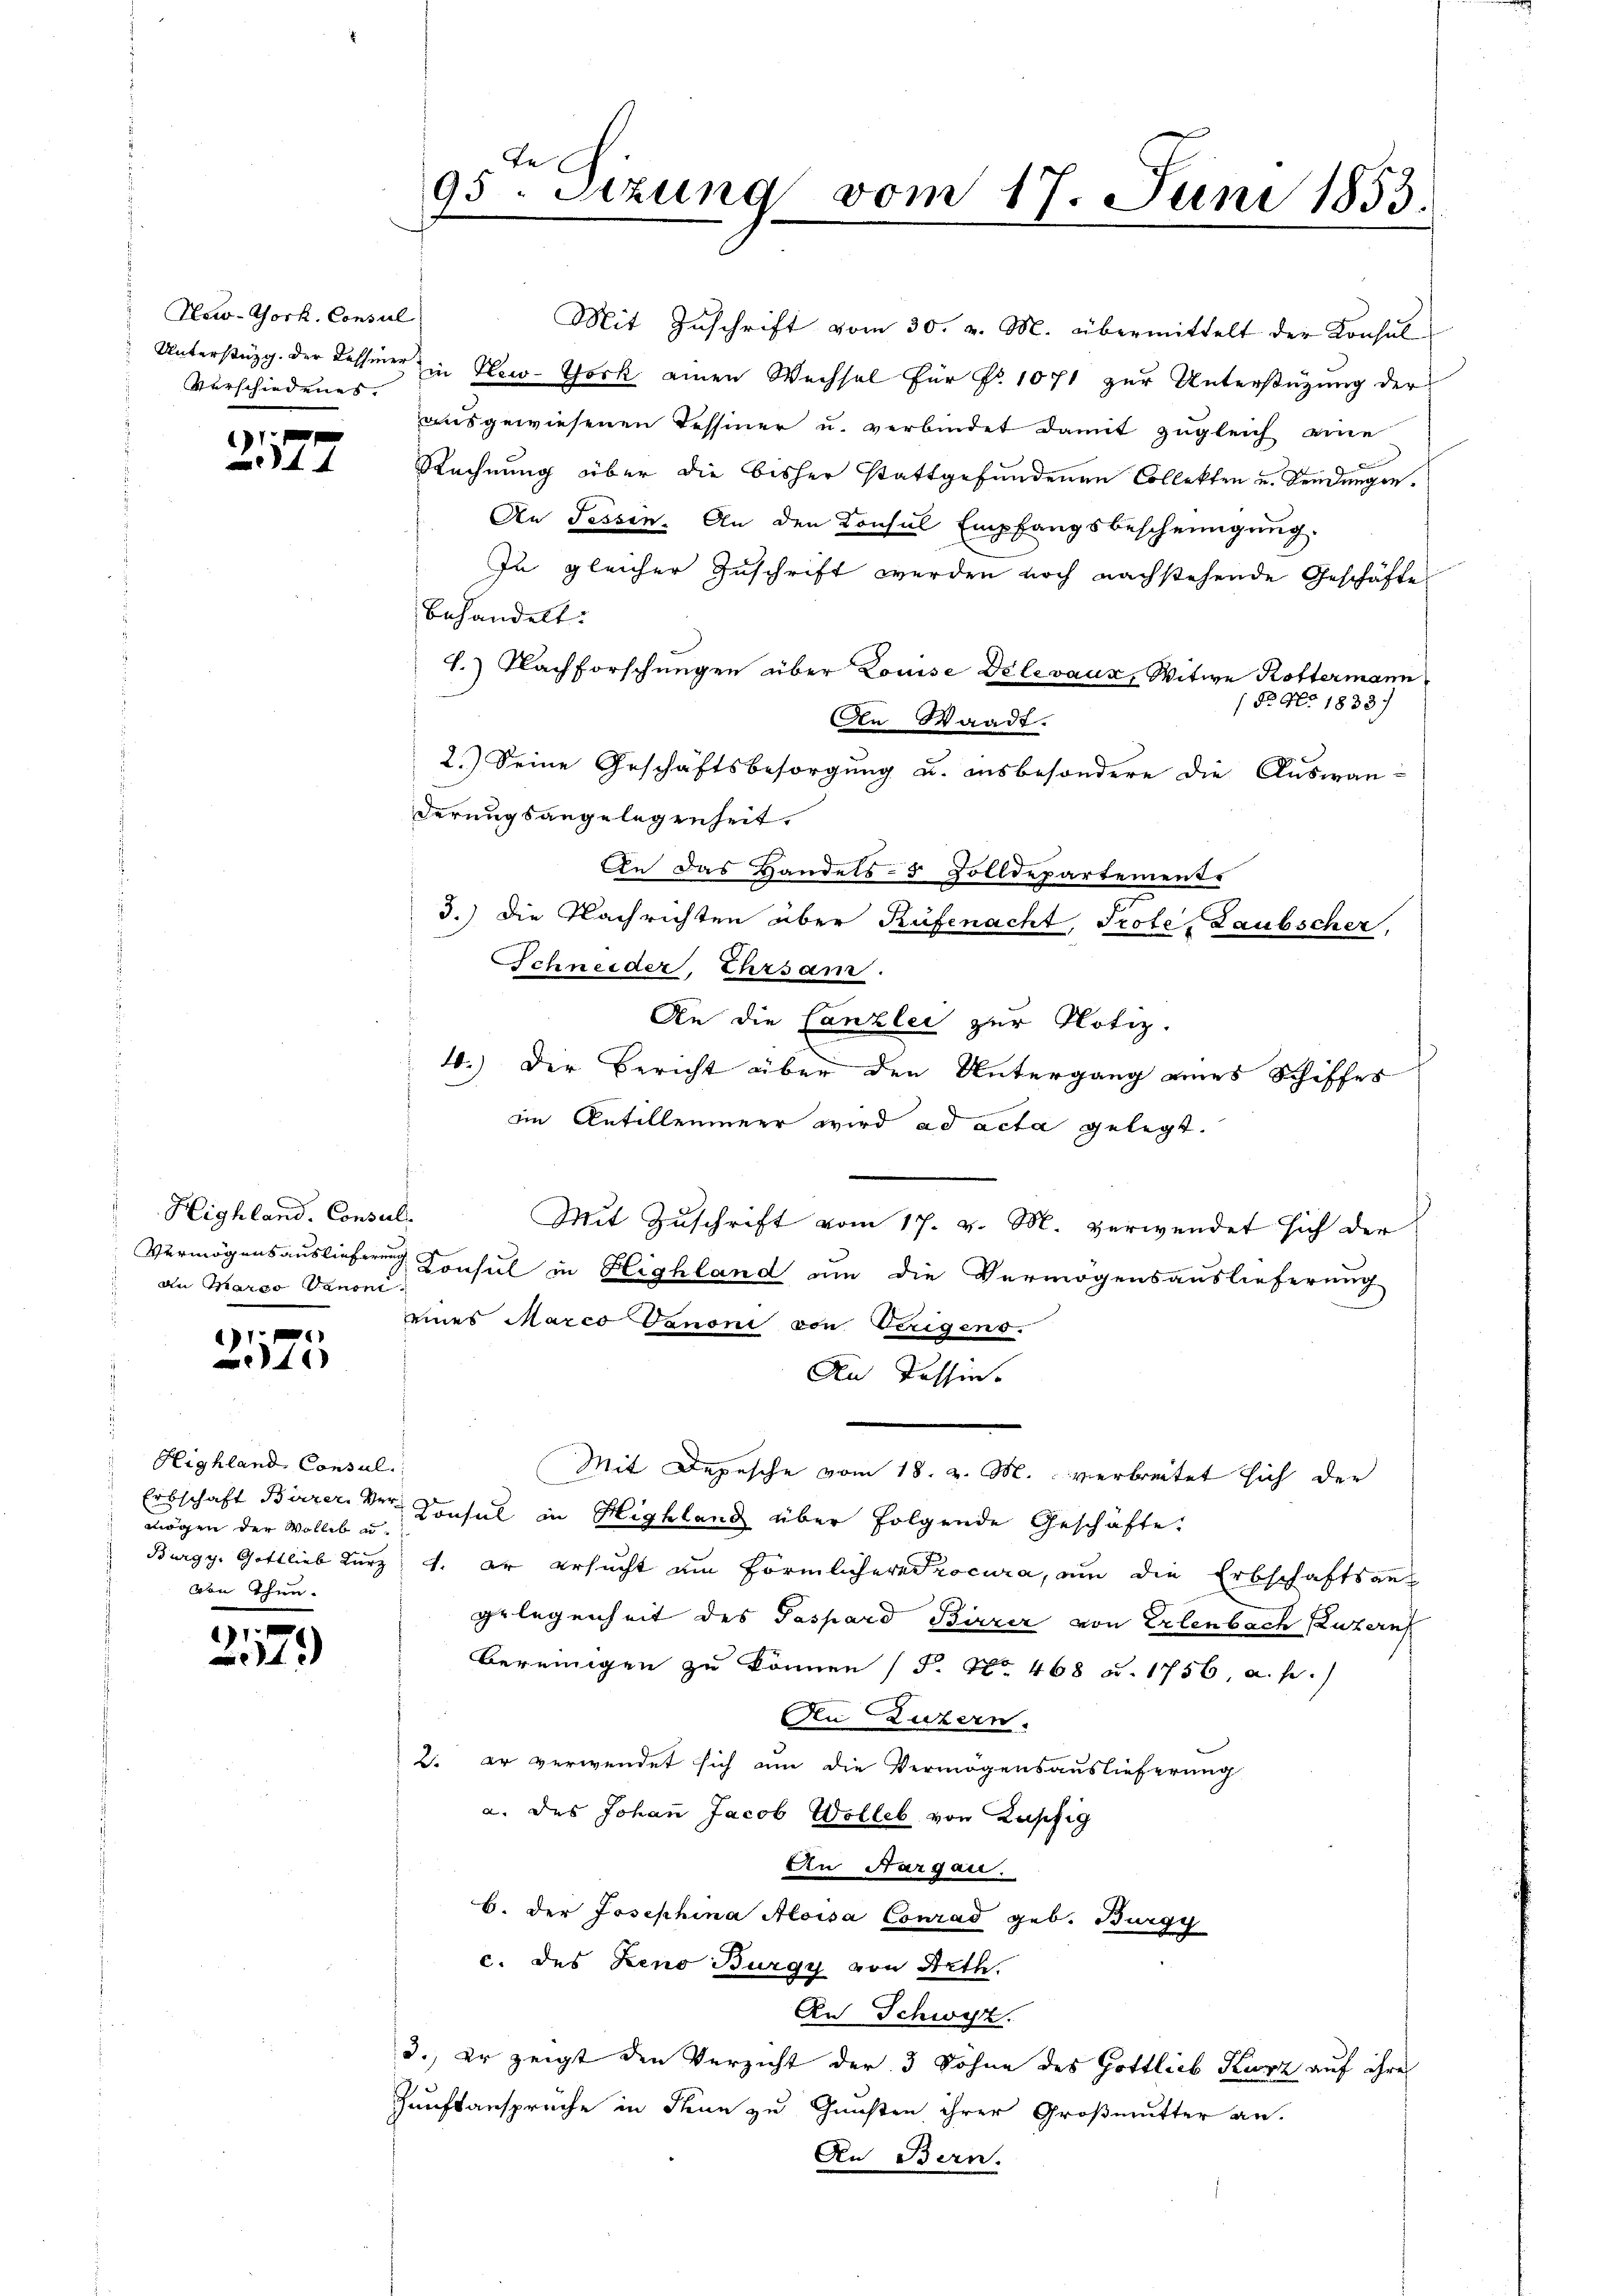
New-York, Consul
Verschiedenes.

11
4

Highland. Consul
 Der Marco Vanoni

1
40

Highland Consul
mögen der Volle u.
von Thun.

3
1.)

te
95. Setzung vom 17. Juni 1853.

Mit Zuschrift vom 30. v. M. übermittelt der Konsul
Unterstüzg. der Tessiner in New-York einen Wechsel für Nr. 1071 zur Unterstützung der
ausgewiesenen Tessiner u. verbindet damit zugleich eine
Rechnung über die bisher stattgefundenen Collekten und Sendungen.
An Tessin. An den Konsul Empfangsbescheinigung.
In gleicher Zuschrift werden noch nachstehende Geschäfte
behandelt.
L.) Nachforschungen über Louise Delevaux, Witwe Rottermann
(B: No 1833.
An Waadt.
2.) Seine Geschäftsbesorgung u. insbesondere die Auswanderungsangelegenheit,
An das Handels- 5 Zolldepartement.
3.) Die Nachrichten aber Rüfenacht, Prote, Laubscher,
Schneider, Ehrsam.
An die Canzlei zur Notiz.
4.) Der Bericht über den Untergang eines Schiffes
im Antilleumer wird ad acta gelegt.
Mit Zuschrift vom 17. v. M. verwendet sich der
Vermögensauslieferung Konsul in Highland am die Vermögensauslieferung
eines Marco Ggnoni von Verigens.
An Tessin.
Mit Depesche vom 18. v. M. verbreitet sich der
Erbschaft Bärrer, der Consul in Highland über folgende Geschäfte
Burgg. Gottlieb Kurz, 1. er ersucht um förmlichere Procura, um die Erbschaftsangelegenheit des Paspard Birrer von Erlenbach Luzern
bereinigen zu können (P. Nr. 468 u. 1756, a. p.)
An Luzern.
2. er verwendet sich am die Vermögensauslieferung
a. des Johan Jacob Wolle von Kupfig
An Aargau.
b. der Josephina Aloisa Conrad geb. Burgy
c. des Keno Burgy von Arth.
An Schwyz.
3., Er zeigt den Verzicht der 3 Söhne des Gottlieb Kurz auf ihre
Zunftansprüche in Thun zu Gunsten ihrer Großmutter an.
An Bern.